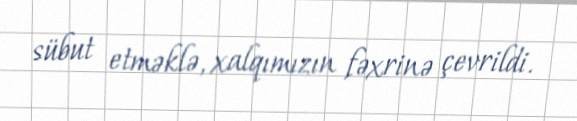
sübut etməklə, xalqımızın fəxrinə çevrildi.